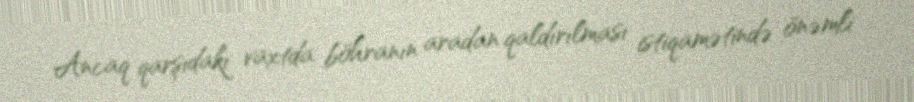
Ancaq qarşıdakı vaxtda böhranın aradan qaldırılması istiqamətində önəmli